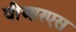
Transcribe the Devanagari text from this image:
वीआरएस